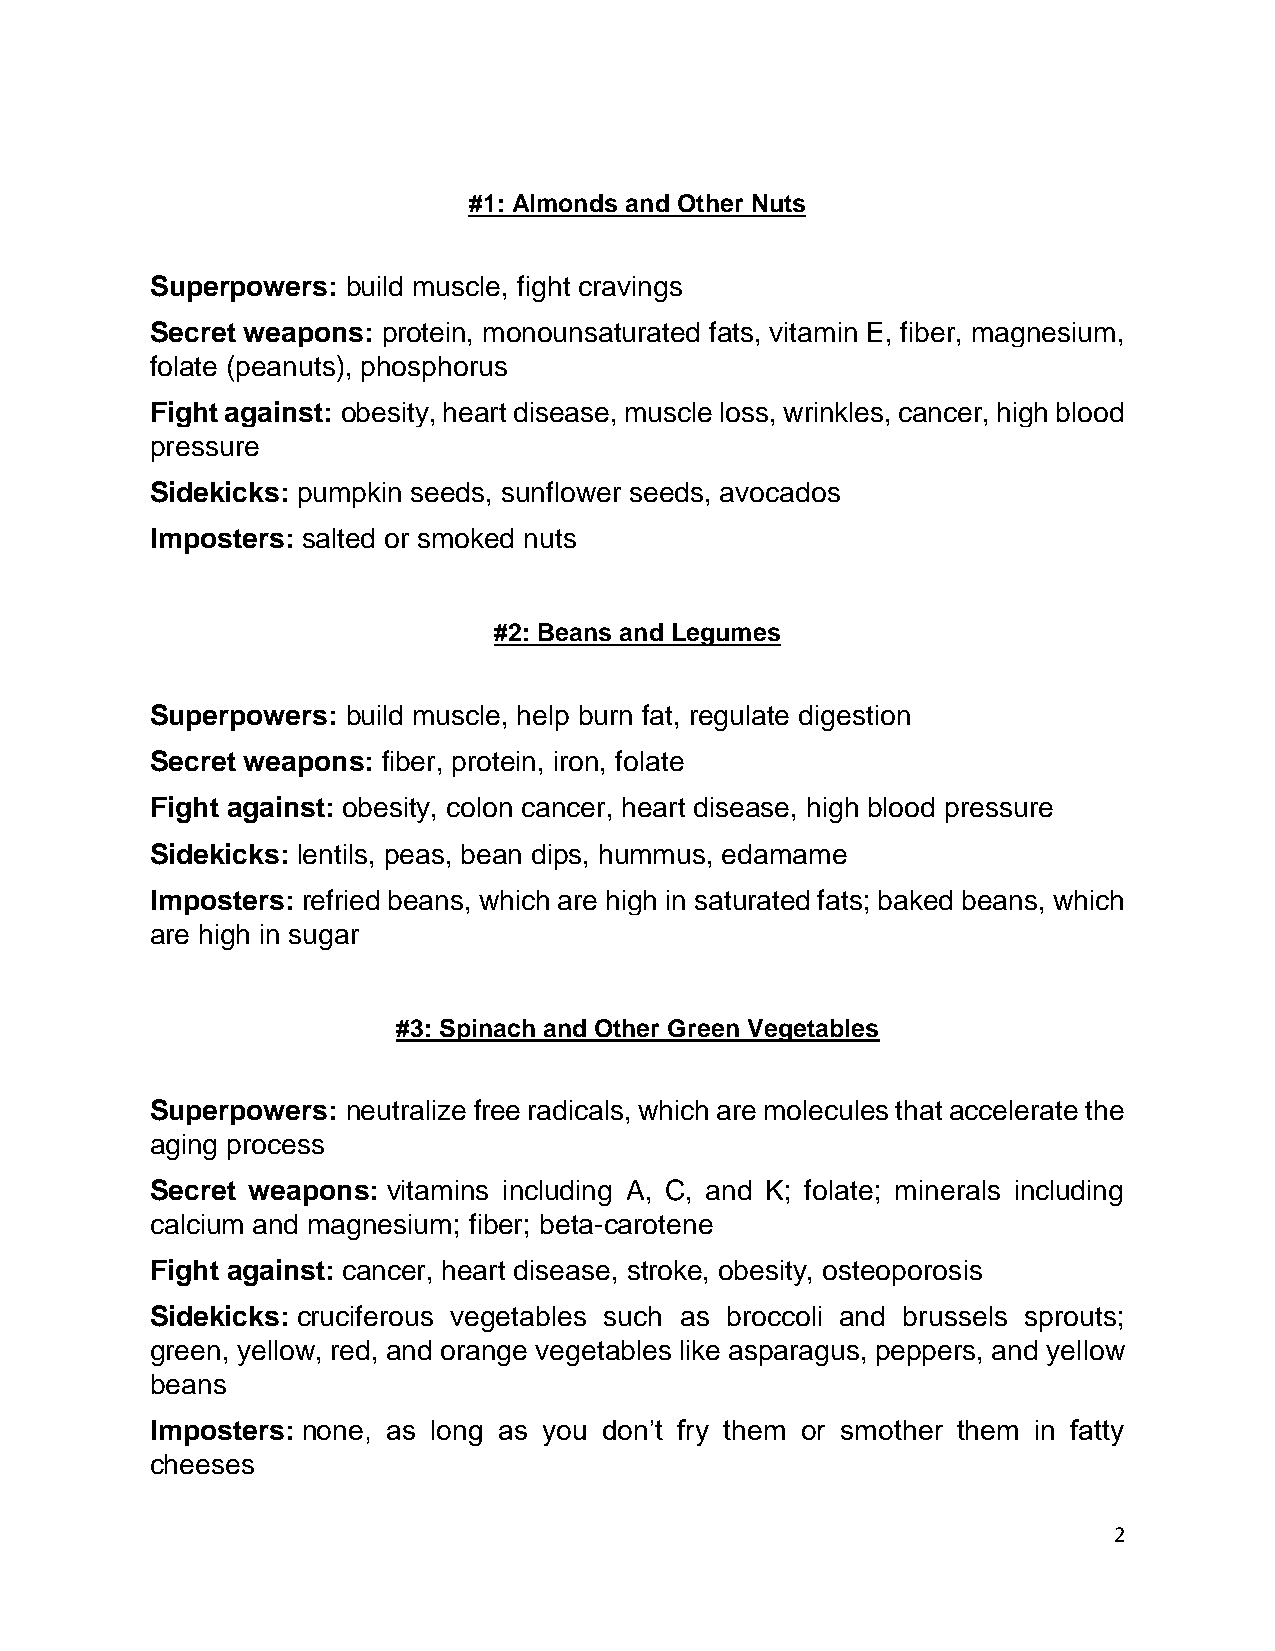
#1: Almonds and Other Nuts
 Superpowers: build muscle, fight cravings
 Secret weapons: protein, monounsaturated fats, vitamin E, fiber, magnesium,
 folate (peanuts), phosphorus
 Fight against: obesity, heart disease, muscle loss, wrinkles, cancer, high blood
 pressure
 Sidekicks: pumpkin seeds, sunflower seeds, avocados
 Imposters: salted or smoked nuts
 #2: Beans and Legumes
 Superpowers: build muscle, help burn fat, regulate digestion
 Secret weapons: fiber, protein, iron, folate
 Fight against: obesity, colon cancer, heart disease, high blood pressure
 Sidekicks: lentils, peas, bean dips, hummus, edamame
 Imposters: refried beans, which are high in saturated fats; baked beans, which
 are high in sugar
 #3: Spinach and Other Green Vegetables
 Superpowers: neutralize free radicals, which are molecules that accelerate the
 aging process
 Secret weapons: vitamins including A, C, and K; folate; minerals including
 calcium and magnesium; fiber; beta-carotene
 Fight against: cancer, heart disease, stroke, obesity, osteoporosis
 Sidekicks: cruciferous vegetables such as broccoli and brussels sprouts;
 green, yellow, red, and orange vegetables like asparagus, peppers, and yellow
 beans
 Imposters: none, as long as you don’t fry them or smother them in fatty
 cheeses
 2